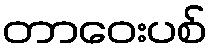
တာဝေးပစ်